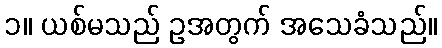
၁။ ယစ်မသည် ဥအတွက် အသေခံသည်။